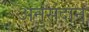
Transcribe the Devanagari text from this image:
अनुसंदान